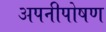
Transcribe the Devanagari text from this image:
अपनीपोषण